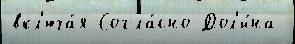
вкл'юча́я Согла́сно Дол'и́на